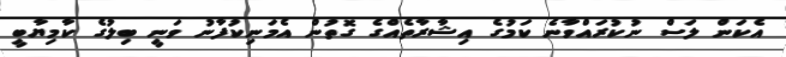
އެކަން ލަސް ނުކުރައްވާނެ ކަމުގެ އިޝާރާތެއްގެ ގޮތުން އެމަނިކުފާނު ވަނީ ބިލުގެ ކާމިޔާބީ